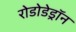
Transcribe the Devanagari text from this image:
रोडोडेड्रॉन